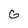
Character: G